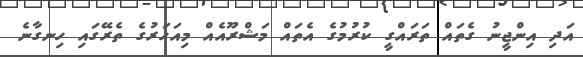
އަދި އިންޖީނު ގެތައް ތަރައްގީ ކުރުމުގެ އެތައް މަޝްރޫއެއް މިއަހަރުގެ ތެރޭގައި ހިނގާނެ